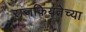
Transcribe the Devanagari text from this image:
राजकियतेच्या